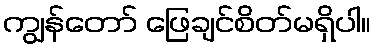
ကျွန်တော် ဖြေချင်စိတ်မရှိပါ။